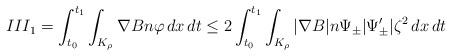
LaTeX: \begin{align*}III_1 = \int_{t_0}^{t_1}\int_{K_{\rho}} \nabla B n \varphi \,dx\,dt\leq 2\int_{t_0}^{t_1}\int_{K_{\rho}} |\nabla B| n \Psi_{\pm}|\Psi'_{\pm}|\zeta^2 \,dx\,dt\end{align*}